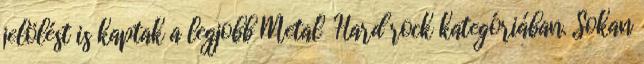
jelölést is kaptak a legjobb Metal Hard rock kategóriában. Sokan